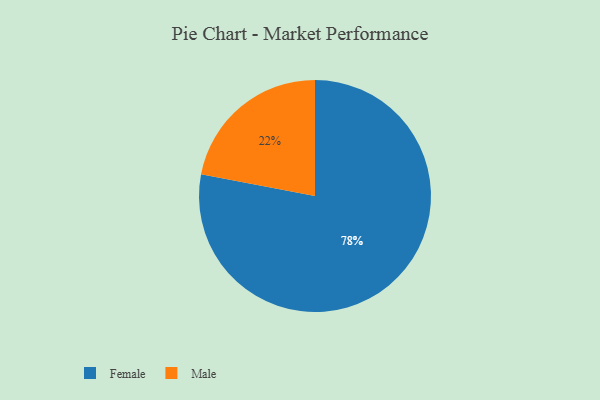
{"axis": {"x": "Category", "y": "Percentage"}, "legend": ["Female", "Male"], "data": [{"x": "Male", "y": 22, "type": "Male"}, {"x": "Female", "y": 78, "type": "Female"}]}